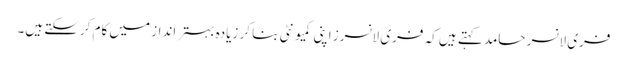
فری لانسر حامد کہتے ہیں کہ فری لانسرز اپنی کمیونٹی بنا کر زیادہ بہتر انداز میں کام کرسکتے ہیں۔